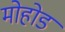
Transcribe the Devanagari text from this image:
मोहोड